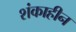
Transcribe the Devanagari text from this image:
शंकाहीन